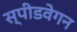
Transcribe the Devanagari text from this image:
स्पीडवेगन